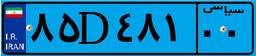
۸۵D۴۸۱۰۰